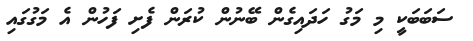
ސަބަބަކީ މި މަގު ހަދައިގެން ބޭނުން ކުރަން ފެށި ފަހުން އެ މަގުގައި